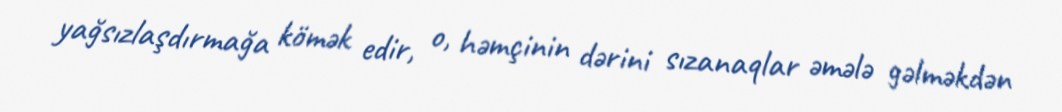
yağsızlaşdırmağa kömək edir, o, həmçinin dərini sızanaqlar əmələ gəlməkdən